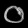
Digit: ၀